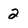
Character: 2